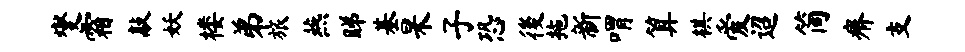
燮霜敲妖楼弟旅燕睇基杲子恐後拖新喟算棋爱迢简瘠支